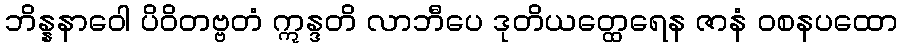
ဘိန္နနာဝေါ ပိဝိတဗ္ဗတံ ဣန္ဒတိ လာဘီပေ ဒုတိယတ္ထေရေန ဇာနံ ဝစနပထော